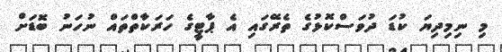
މި ނިމިދިޔަ ކުޑަ ދުވަސްކޮޅުގެ ތެރޭގައި އެ ޕާޓީގެ ހަރަކާތްތައް ނުހަނު ބޮޑަށް